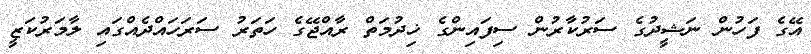
އޭގެ ފަހުން ނަޝީދުގެ ސަރުކާރުން ސިފައިންގެ ޚިދުމަތް ރާއްޖޭގެ ހަތަރު ސަރަހައްދެއްގައި ލާމަރުކަޒީ